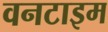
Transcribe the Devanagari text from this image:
वनटाइम